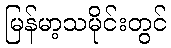
မြန်မာ့သမိုင်းတွင်